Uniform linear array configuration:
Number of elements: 16
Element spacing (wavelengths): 0.75
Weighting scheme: blackman
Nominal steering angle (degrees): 60
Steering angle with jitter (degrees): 60.092
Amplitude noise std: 0.05
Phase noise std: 0.05

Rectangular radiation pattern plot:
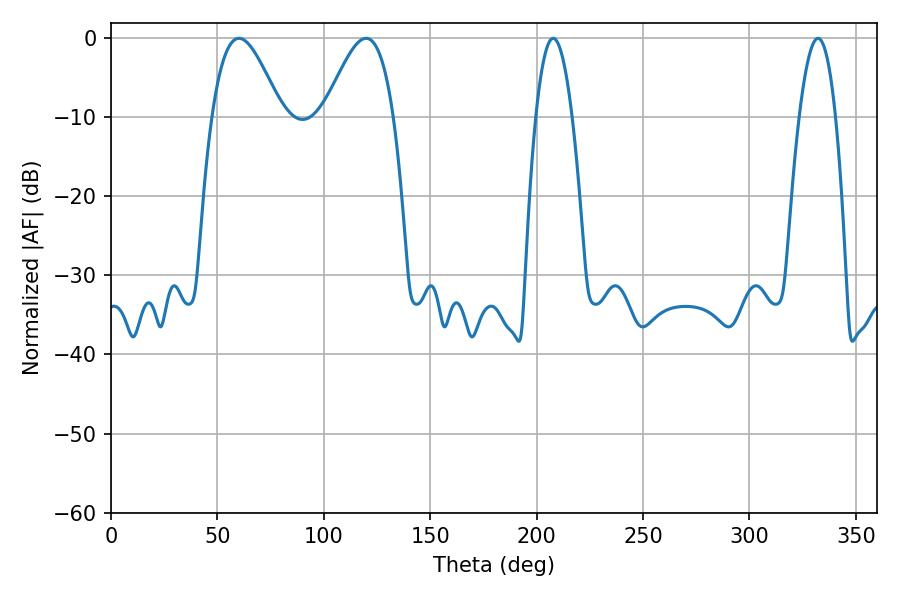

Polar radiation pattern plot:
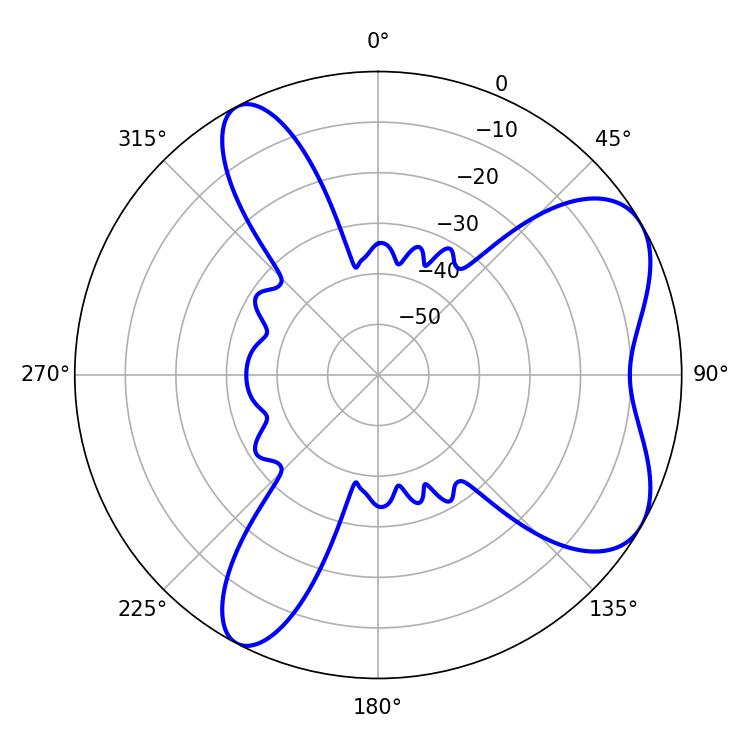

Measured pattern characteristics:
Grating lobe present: TRUE
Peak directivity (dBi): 6.496
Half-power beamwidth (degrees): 17.46
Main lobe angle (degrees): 60.12